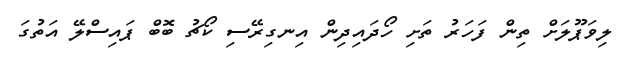
ލިވަޕޫލަށް ތިން ފަހަރު ތަށި ހޯދައިދިން އިނގިރޭސި ކޯޗު ބޮބް ޕައިސްލޭ އަތުގަ